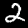
Digit: 2